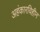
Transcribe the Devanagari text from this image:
अहंकारविहीन